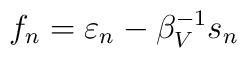
f_n = \varepsilon_n -  \beta _V^{-1} s_n